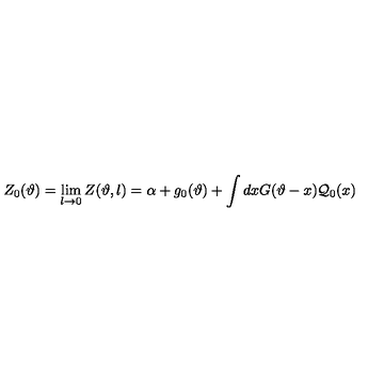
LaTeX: Z _ { 0 } ( \vartheta ) = \lim _ { l \rightarrow 0 } Z ( \vartheta , l ) = \alpha + g _ { 0 } ( \vartheta ) + \displaystyle \int d x G ( \vartheta - x ) { \cal Q } _ { 0 } ( x )